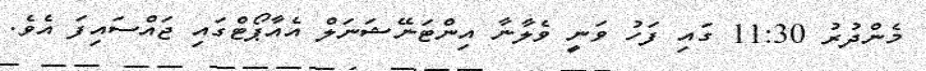
މެންދުރު 11:30 ގައި ފަހު ވަނީ ވެލާނާ އިންޓަނޭޝަނަލް އެއާޕޯޓްގައި ޖައްސައިފަ އެވެ.